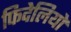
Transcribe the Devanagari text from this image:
फिदेलियो